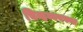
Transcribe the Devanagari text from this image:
चिन्हव्यवस्था